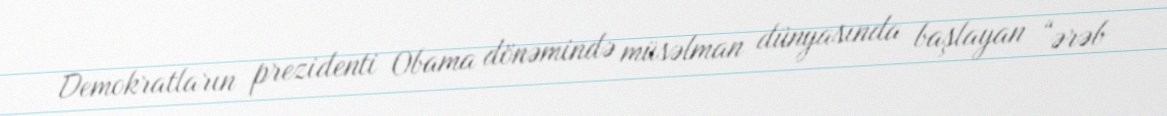
Demokratların prezidenti Obama dönəmində müsəlman dünyasında başlayan “ərəb